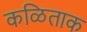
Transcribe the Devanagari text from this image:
कळिताक